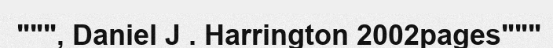
""", Daniel J . Harrington 2002pages"""